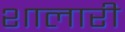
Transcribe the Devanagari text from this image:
शालारी